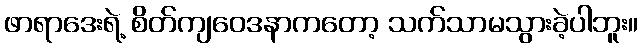
ဖာရာဒေးရဲ့ စိတ်ကျဝေဒနာကတော့ သက်သာမသွားခဲ့ပါဘူး။